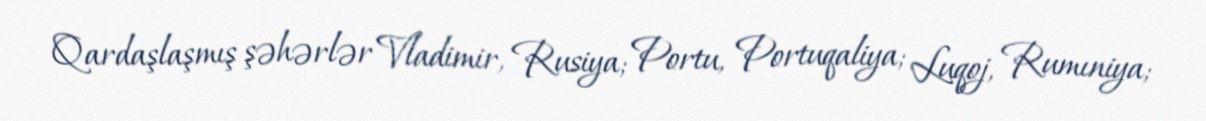
Qardaşlaşmış şəhərlər Vladimir, Rusiya; Portu, Portuqaliya; Luqoj, Rumıniya;